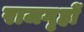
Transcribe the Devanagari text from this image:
राजगृहों